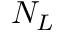
N _ { L }